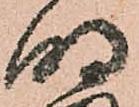
明